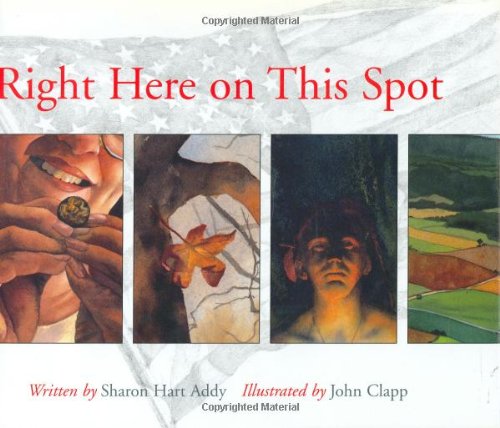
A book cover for Right Here On This Spot; Sharon Hart Addy; Children's Books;